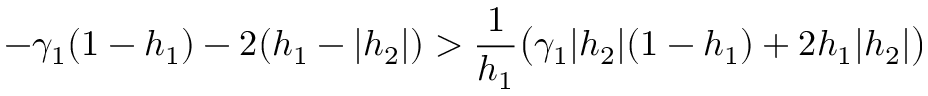
- \gamma _ { 1 } ( 1 - h _ { 1 } ) - 2 ( h _ { 1 } - | h _ { 2 } | ) > \frac { 1 } { h _ { 1 } } \big ( \gamma _ { 1 } | h _ { 2 } | ( 1 - h _ { 1 } ) + 2 h _ { 1 } | h _ { 2 } | \big )